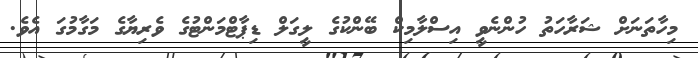
މިހާތަނަށް ޝަރާހަތު ހުންނެވީ އިސްލާމިކް ބޭންކުގެ ލީގަލް ޑިޕާޓްމަންޓުގެ ވެރިޔާގެ މަގާމުގަ އެވެ.